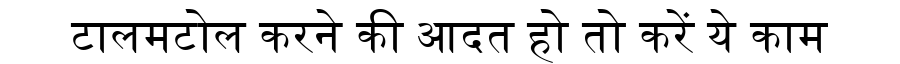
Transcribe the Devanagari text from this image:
टालमटोल करने की आदत हो तो करें ये काम